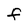
Character: F